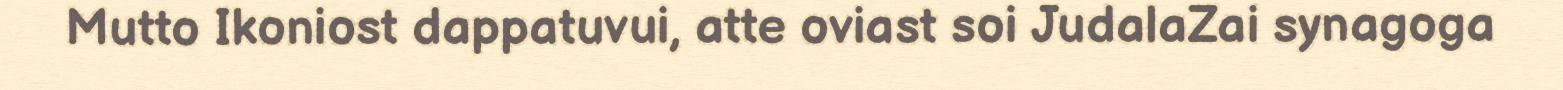
Mutto Ikoniost dappatuvui, atte oviast soi JudalaZai synagoga